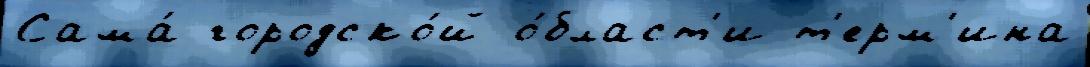
Сама́ городско́й о́бласт'и т'ерм'ина